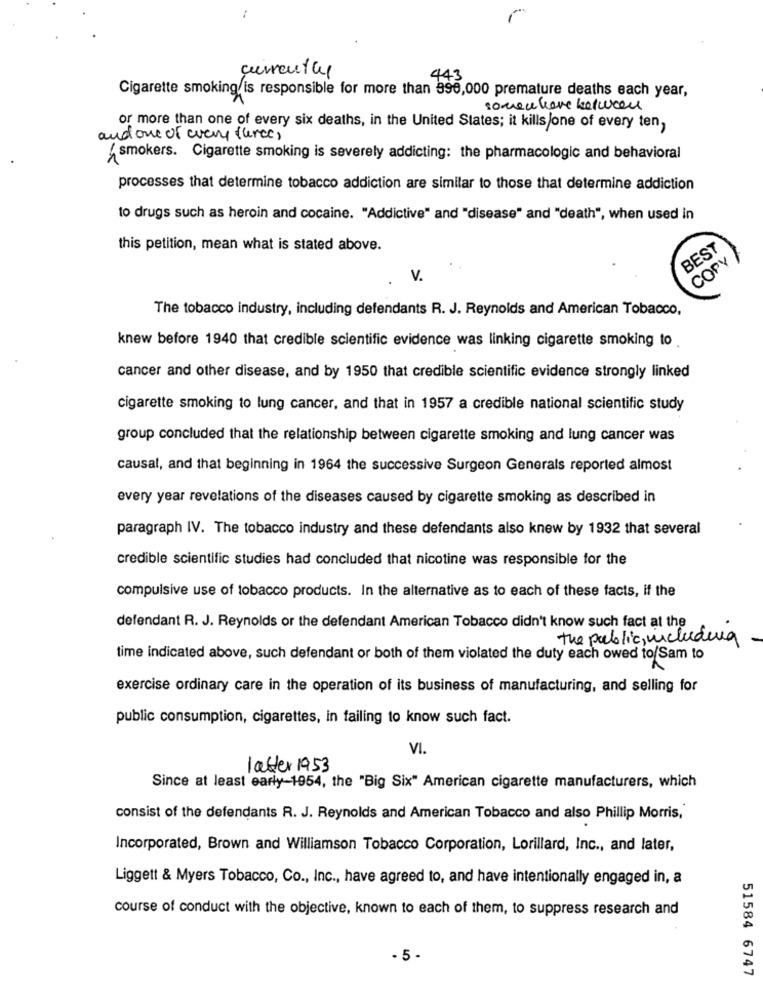
currently
44
Cigarette smoking is responsible for more than 996,000 premature deaths each year,
or more than one of every six deaths, in the United States; it kills/one of every ten,
and one of wary (herec)
{smokers. Cigarette smoking is severely addicting: the pharmacologic and behavioral
processes that determine tobacco addiction are similar to those that determine addiction
to drugs such as heroin and cocaine. "Addictive" and "disease" and "death", when used in
this petition, mean what is stated above.
BEST
COPY
V.
The tobacco industry, including defendants R. J. Reynolds and American Tobacco,
knew before 1940 that credible scientific evidence was linking cigarette smoking to
cancer and other disease, and by 1950 that credible scientific evidence strongly linked
cigarette smoking to lung cancer, and that in 1957 a credible national scientific study
group concluded that the relationship between cigarette smoking and lung cancer was
causal, and that beginning in 1964 the successive Surgeon Generals reported almost
every year revelations of the diseases caused by cigarette smoking as described in
paragraph IV. The tobacco industry and these defendants also knew by 1932 that several
credible scientific studies had concluded that nicotine was responsible for the
compulsive use of tobacco products. In the alternative as to each of these facts, if the
defendant R. J. Reynolds or the defendant American Tobacco didn't know such fact at the
the public, including
time indicated above, such defendant or both of them violated the duty each owed to/Sam to
exercise ordinary care in the operation of its business of manufacturing, and selling for
public consumption, cigarettes, in failing to know such fact.
VI.
latter 1953
Since at least early-1954, the "Big Six" American cigarette manufacturers, which
consist of the defendants R. J. Reynolds and American Tobacco and also Phillip Morris,
Incorporated, Brown and Williamson Tobacco Corporation, Lorillard, Inc ., and later,
Liggett & Myers Tobacco, Co ., Inc ., have agreed to, and have intentionally engaged in, a
course of conduct with the objective, known to each of them, to suppress research and
- 5 -
51584 6747